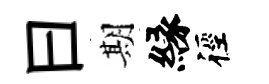
曰期縁徑